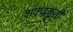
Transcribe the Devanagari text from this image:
शंक्वकृती